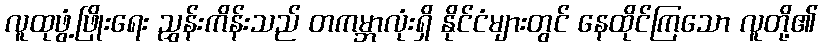
လူထုဖွံ့ဖြိုးရေး ညွှန်းကိန်းသည် တကမ္ဘာလုံးရှိ နိုင်ငံများတွင် နေထိုင်ကြသော လူတို့၏